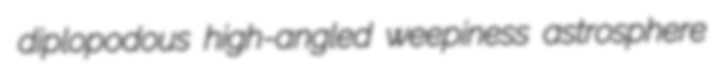
diplopodous high-angled weepiness astrosphere